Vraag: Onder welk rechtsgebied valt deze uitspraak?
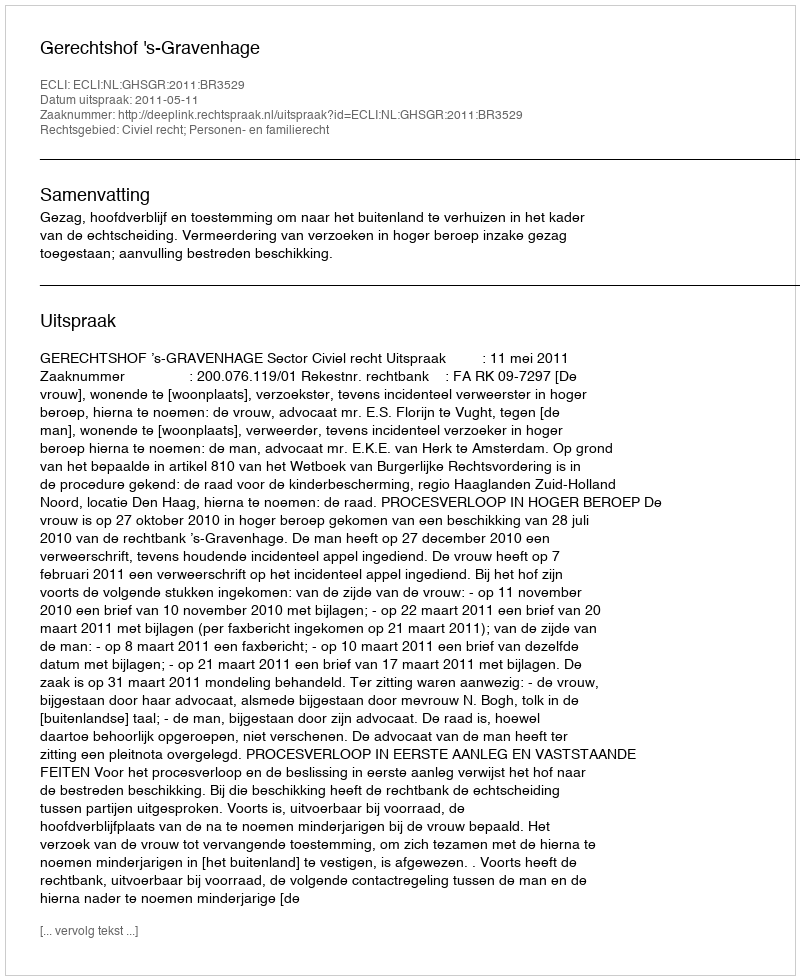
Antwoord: Civiel recht; Personen- en familierecht